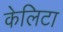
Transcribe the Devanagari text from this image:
केलिटा